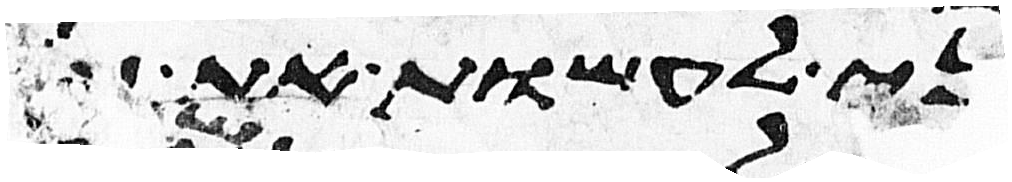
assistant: בני עשו אם